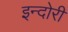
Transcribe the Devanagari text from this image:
इन्दोरी